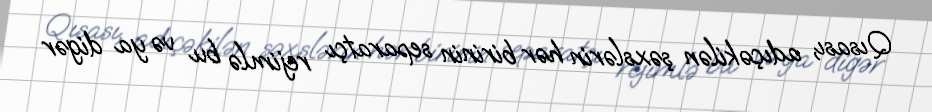
Qısası, adıçəkilən şəxslərin hər birinin separatçı rejimlə bu və ya digər